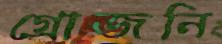
গ্রোজনি